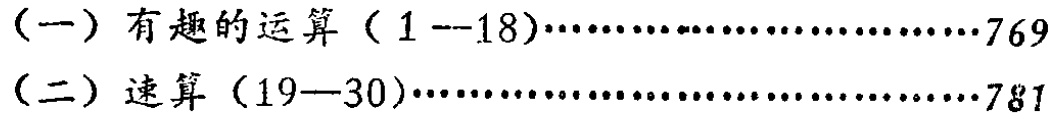
（一）有趣的运算（1--18）………………………769

（二）速算（19—30）……………………………781